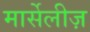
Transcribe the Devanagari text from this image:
मार्सेलीज़